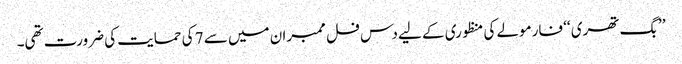
’’بگ تھری ‘‘ فارمولے کی منظوری کے لیے دس فل ممبران میں سے 7 کی حمایت کی ضرورت تھی۔